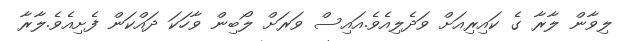
ލިވާން ލާރާ ގެ ކައިރިއަށް ވަދެލިއެވެ.އައިސް ވަރަށް ލޯބިން ވާހަކަ ދައްކަން ފެށިއެވެ.ލާރާ